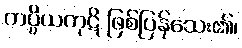
ကပ္ပိယကုဋိ ဖြစ်ပြန်သေး၏၊